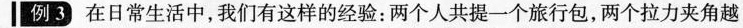
例3 在日常生活中，我们有这样的经验：两个人共提一个旅行包，两个拉力夹角越